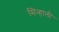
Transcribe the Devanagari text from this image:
सिन्हाली